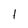
Character: t